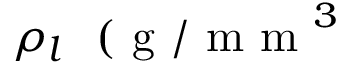
\rho _ { l } ~ \mathrm { ~ ( ~ g ~ / ~ m ~ m ~ } ^ { 3 }